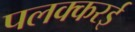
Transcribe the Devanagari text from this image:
पलक्करई